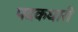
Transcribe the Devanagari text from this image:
पदकधारी